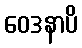
ဝေဒနာပိ